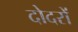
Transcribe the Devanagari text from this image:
दोदरों